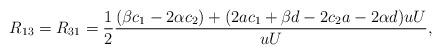
LaTeX: \begin{align*} R_{13} = R_{31} = \frac{1}{2}\frac{(\beta c_1 - 2\alpha c_2) + (2ac_1 + \beta d - 2 c_2 a - 2 \alpha d) u U}{uU}, \end{align*}